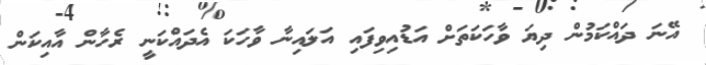
އޭނަ ދައްކަމުން ދިޔަ ވާހަކަތަށް އަޑުއިވިފައި އަލައިނާ ވާހަކަ އެދައްކަނީ ރެހާން އާއިކަން